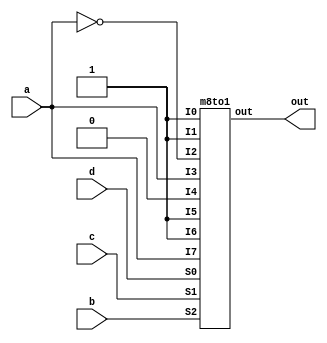
module mux8x1(input a, input b, input c, input d, output out);
	wire [0:7] I = {1'b1,1'b1,~a,a,1'b0,1'b1,1'b1,a};
	wire[2:0] S =  {b,c,d};
	wire m;
	m8to1 M(out, I[0], I[1],I[2], I[3], I[4], I[5], I[6], I[7], S[0], S[1], S[2]);
endmodule

module m8to1(out, I0, I1,I2, I3, I4, I5, I6, I7, S0, S1, S2);
	input wire I0, I1, I2, I3, I4, I5, I6, I7, S0, S1, S2;
	output reg out;
	always@(*)
	begin
	case(S0 & S1 & S2)
	3'b000: out=I0;
	3'b001: out=I1;
	3'b010: out=I2;
	3'b011: out=I3;
	3'b100: out=I4;
	3'b101: out=I5;
	3'b110: out=I6;
	3'b111: out=I7;
	default: out=1'b0;
	endcase
	end
endmodule